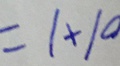
= 1 \times 1 0